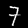
Label: 7